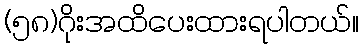
(၅၈)ဂိုးအထိပေးထားရပါတယ်။